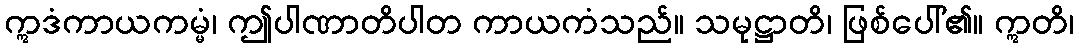
ဣဒံကာယကမ္မံ၊ ဤပါဏာတိပါတ ကာယကံသည်။ သမုဋ္ဌာတိ၊ ဖြစ်ပေါ်၏။ ဣတိ၊